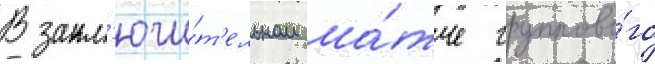
В закл'ючи́т'ельном ма́тче группово́го